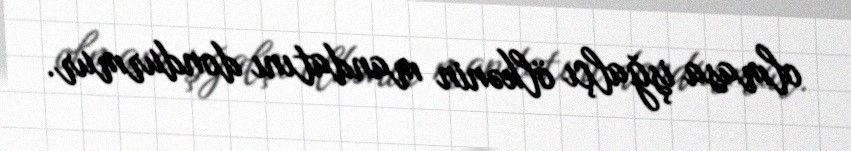
olmasa işğalçı ölkənin mandatını dondurmur.